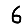
Digit: 6